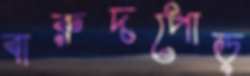
বারুদপোড়